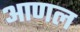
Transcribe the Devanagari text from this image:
आणल